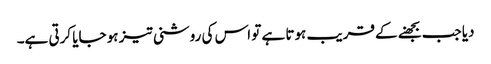
دیا جب بجھنے کے قریب ہوتا ہے تو اس کی روشنی تیز ہو جایا کرتی ہے۔